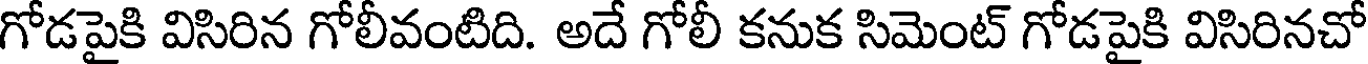
గోడపైకి విసిరిన గోలీవంటిది. అదే గోలీ కనుక సిమెంట్ గోడపైకి విసిరినచో